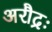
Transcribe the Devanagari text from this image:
अरौद्रः